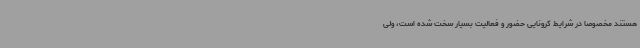
هستند مخصوصا در شرایط کرونایی حضور و فعالیت بسیار سخت شده است، ولی